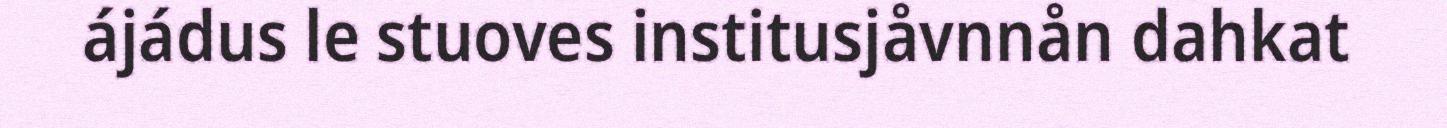
ájádus le stuoves institusjåvnnån dahkat